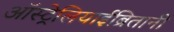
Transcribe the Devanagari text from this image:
ऑस्ट्रेलियाईब्रितानी